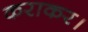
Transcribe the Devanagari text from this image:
कराकर।